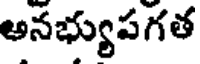
అనభ్యుపగత